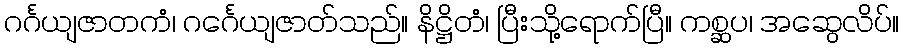
ဂင်္ဂယျဇာတကံ၊ ဂင်္ဂေယျဇာတ်သည်။ နိဋ္ဌိတံ၊ ပြီးသို့ရောက်ပြီ။ ကစ္ဆပ၊ အဆွေလိပ်။